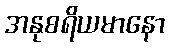
အနုစရိယမာနော